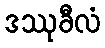
ဒဿုခီလံ